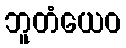
ဘူတံယေဝ